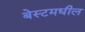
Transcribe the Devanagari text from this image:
बेस्टमधील